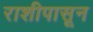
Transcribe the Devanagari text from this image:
राशीपासून